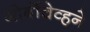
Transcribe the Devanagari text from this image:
गोर्बोचेव्हने